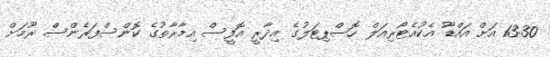
13:30 އަށް އައްޑޫ އެކުއެޓޯރިއަލް ހޮސްޕިޓަލުގެ އިދާރީ އޮފީސް އިމާރާތުގެ ކޮންސްފަރެންސް ރޫމަށް